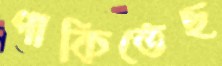
পাকিতেছ